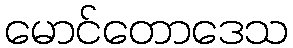
မောင်တောဒေသ